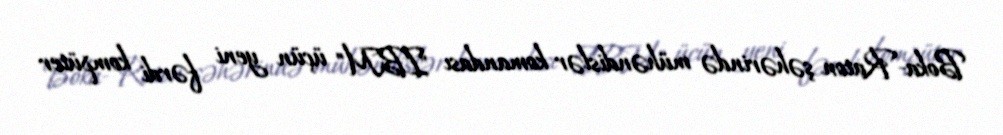
Boka-Raton şəhərində mühəndislər komandası "IBM" üçün yeni fərdi kompüter